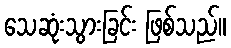
သေဆုံးသွားခြင်း ဖြစ်သည်။